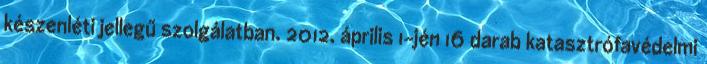
készenléti jellegű szolgálatban. 2012. április 1-jén 16 darab katasztrófavédelmi